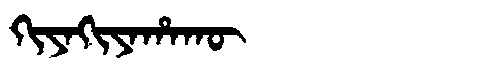
Manchu: ᡴᡳᠶᠠᡴᡳᠶᠠᡥᠠᡴᡡ
Romanization: KIYAKIYAHAKŪ